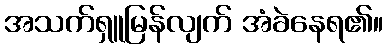
အသက်ရှူမြန်လျက် အံခဲနေရ၏။